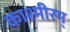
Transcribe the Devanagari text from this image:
काश्मीरम्